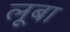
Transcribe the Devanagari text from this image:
लूबा